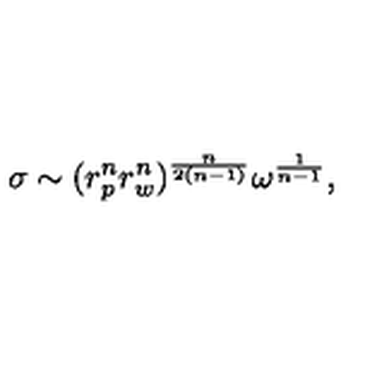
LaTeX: \sigma \sim ( r _ { p } ^ { n } r _ { w } ^ { n } ) ^ { \frac { n } { 2 ( n - 1 ) } } \omega ^ { \frac { 1 } { n - 1 } } ,